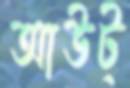
আউট্‌